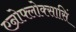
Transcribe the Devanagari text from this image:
एन्रोफ्लोक्सासिं